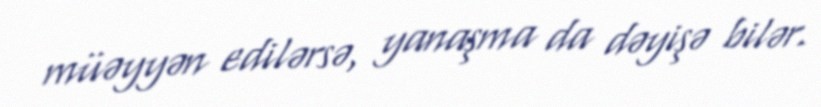
müəyyən edilərsə, yanaşma da dəyişə bilər.